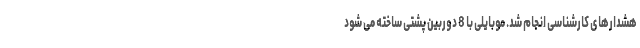
هشدارهای کارشناسی انجام شد. موبایلی با 8 دوربین پشتی ساخته می شود